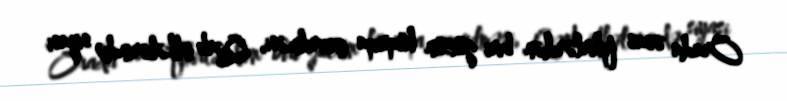
Orada əsas fikirlərdən biri gücün hüquqa çevrilməsi, Qərb ölkələrində siyasi